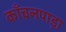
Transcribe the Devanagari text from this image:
काँचनपाड़ा